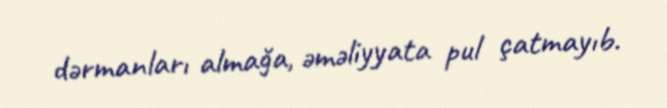
dərmanları almağa, əməliyyata pul çatmayıb.